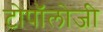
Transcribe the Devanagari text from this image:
टोपॉलोजी